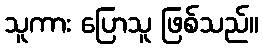
သူကား ပြောသူ ဖြစ်သည်။